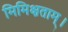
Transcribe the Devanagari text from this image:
मिमिक्षताम्।